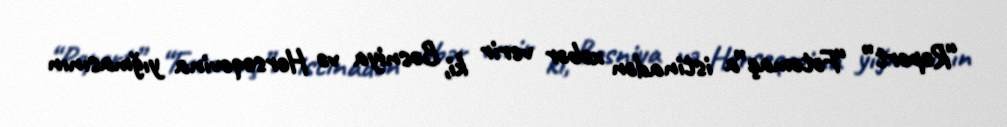
“Report” “Fotomaç”a istinadən xəbər verir ki, Bosniya və Herseqovina yığmasının